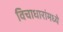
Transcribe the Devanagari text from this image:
विचाधारांमध्ये